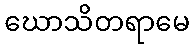
ဃောသိတရာမေ